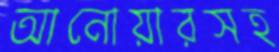
আনোয়ারসহ